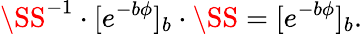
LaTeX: \SS^{-1}\cdot[e^{-b\phi}]_{b}\cdot\SS=[e^{-b\phi}]_{b}.